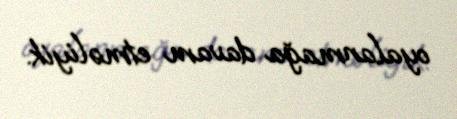
oyalanmağa davam etməliyik.